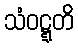
သံဝဋ္ဋတိ